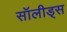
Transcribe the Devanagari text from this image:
सॉलीड्स